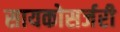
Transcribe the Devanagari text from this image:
सायकोसर्जरी